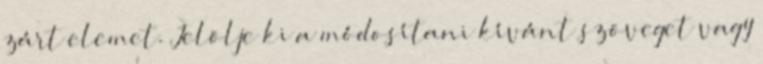
zárt elemet. Jelölje ki a módosítani kívánt szöveget vagy